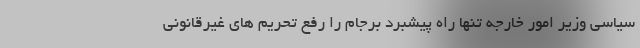
سیاسی وزیر امور خارجه تنها راه پیشبرد برجام را رفع تحریم های غیرقانونی